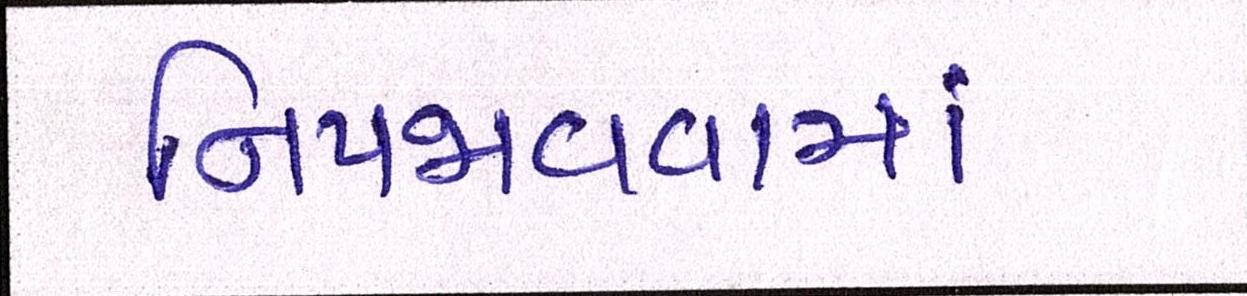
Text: નિપજાવવામાં